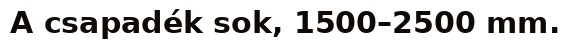
A csapadék sok, 1500–2500 mm.